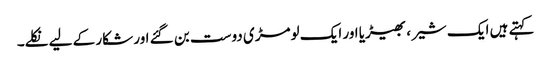
کہتے ہیں ایک شیر ، بھیڑیا اور ایک لومڑی دوست بن گئے اور شکار کے لیے نکلے۔